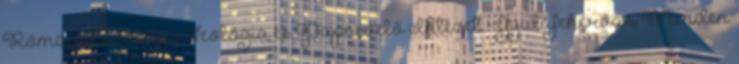
Római Katolikus Teológia és Papnevelő Intézet - Gyulafehérvár Minden